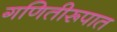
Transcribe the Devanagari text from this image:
गणितीरूपात